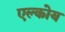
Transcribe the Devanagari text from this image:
एल्कोय